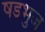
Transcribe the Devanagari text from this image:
षडभुज